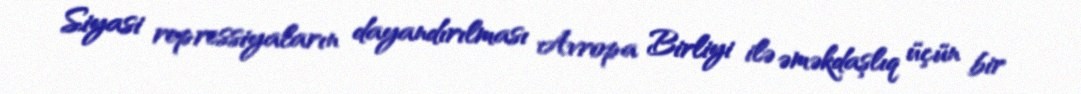
Siyasi repressiyaların dayandırılması Avropa Birliyi ilə əməkdaşlıq üçün bir